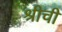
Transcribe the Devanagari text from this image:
श्रीची